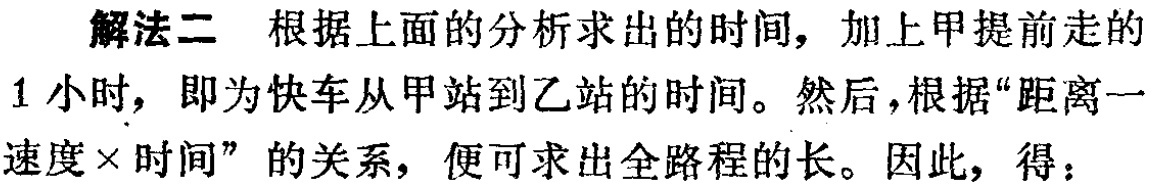
解法二 根据上面的分析求出的时间，加上甲提前走的

1小时，即为快车从甲站到乙站的时间。然后，根据“距离一

速度×时间”的关系，便可求出全路程的长。因此，得：